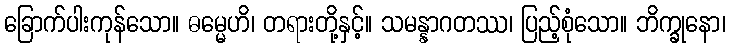
ခြောက်ပါးကုန်သော။ ဓမ္မေဟိ၊ တရားတို့နှင့်။ သမန္နာဂတဿ၊ ပြည့်စုံသော။ ဘိက္ခုနော၊